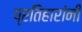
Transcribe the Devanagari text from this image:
प्रतिहारांनी